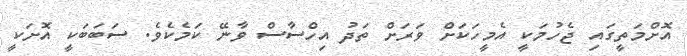
އޮށްމަތީގައި ޖެހުމަކީ އެމީހަކަށް ވަރަށް ތަދު އިހްސާސް ވާނޭ ކަމެކެވެ. ސަބަބަކީ އޮށަކީ